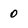
Character: 0